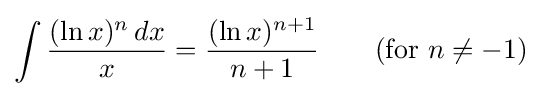
\int {\frac {(\ln x)^{n}\,dx}{x}}={\frac {(\ln x)^{n+1}}{n+1}}\qquad {\mbox{(for }}n\neq -1{\mbox{)}}